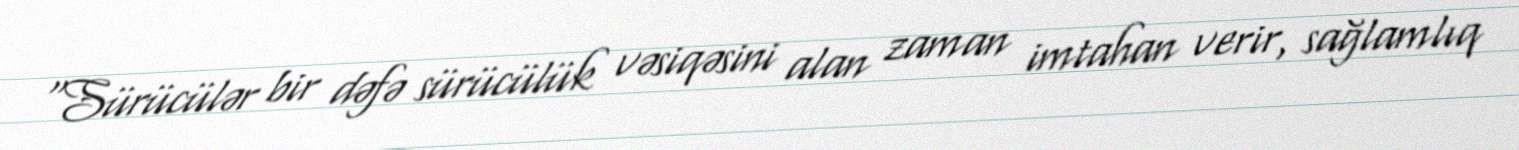
“Sürücülər bir dəfə sürücülük vəsiqəsini alan zaman imtahan verir, sağlamlıq